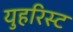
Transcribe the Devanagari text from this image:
युहरिस्ट